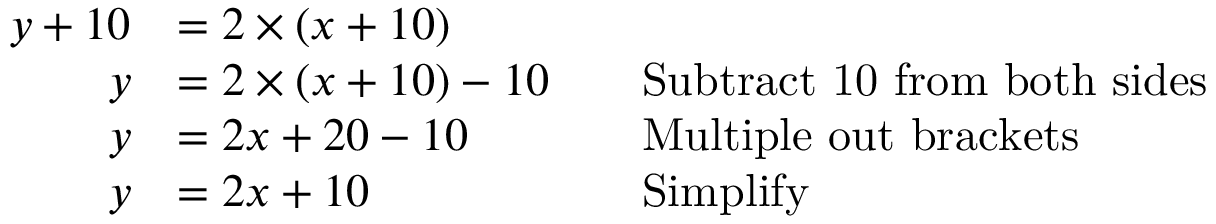
{ \begin{array} { r l r l } { y + 1 0 } & { = 2 \times ( x + 1 0 ) } \\ { y } & { = 2 \times ( x + 1 0 ) - 1 0 } & & { { \mathrm { S u b t r a c t ~ 1 0 ~ f r o m ~ b o t h ~ s i d e s } } } \\ { y } & { = 2 x + 2 0 - 1 0 } & & { { \mathrm { M u l t i p l e ~ o u t ~ b r a c k e t s } } } \\ { y } & { = 2 x + 1 0 } & & { { \mathrm { S i m p l i f y } } } \end{array} }